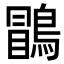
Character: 𪃑